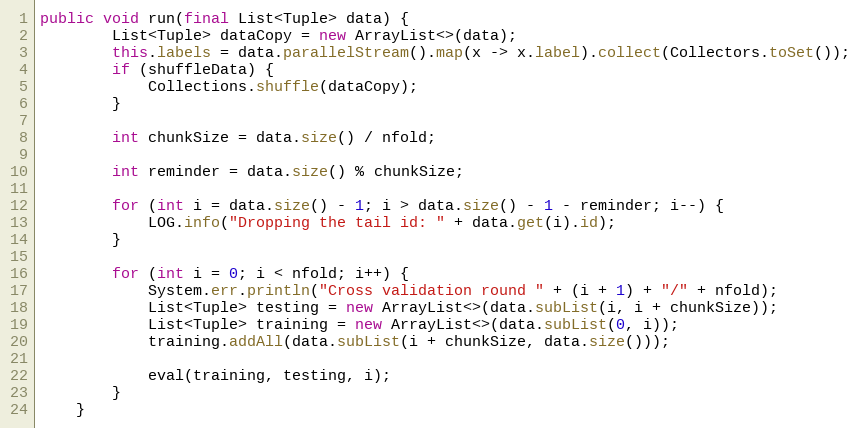
Language: Java
public void run(final List<Tuple> data) {
        List<Tuple> dataCopy = new ArrayList<>(data);
        this.labels = data.parallelStream().map(x -> x.label).collect(Collectors.toSet());
        if (shuffleData) {
            Collections.shuffle(dataCopy);
        }

        int chunkSize = data.size() / nfold;

        int reminder = data.size() % chunkSize;

        for (int i = data.size() - 1; i > data.size() - 1 - reminder; i--) {
            LOG.info("Dropping the tail id: " + data.get(i).id);
        }

        for (int i = 0; i < nfold; i++) {
            System.err.println("Cross validation round " + (i + 1) + "/" + nfold);
            List<Tuple> testing = new ArrayList<>(data.subList(i, i + chunkSize));
            List<Tuple> training = new ArrayList<>(data.subList(0, i));
            training.addAll(data.subList(i + chunkSize, data.size()));

            eval(training, testing, i);
        }
    }